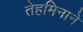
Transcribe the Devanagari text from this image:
तेहमिनाने